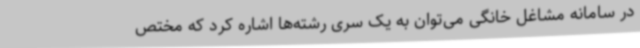
در سامانه مشاغل خانگی می‌توان به یک سری رشته‌ها اشاره کرد که مختص